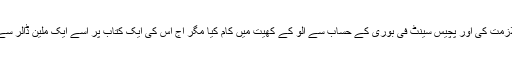
ایک زمانے میں بارہ گھنٹے لانڈری پر کپڑے دھویا کرتا تھا، اس نے پیٹرول پمپ پر ملازمت کی اور پچیس سینٹ فی بوری کے حساب سے آلو کے کھیت میں کام کیا مگر آج اس کی ایک کتاب پر اسے ایک ملین ڈالر سے زیادہ رقم ایڈوانس ملتی ہے اور اس کی کتابوں کی 400ملین کاپیاں فروخت ہو چکی ہیں۔